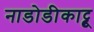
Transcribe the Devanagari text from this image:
नाडोडीकाट्टू